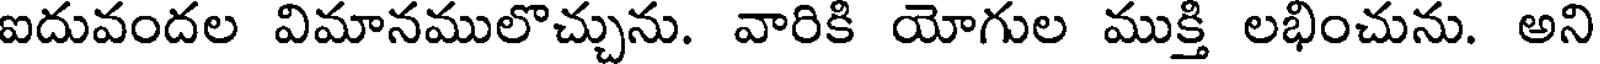
ఐదువందల విమానములొచ్చును. వారికి యోగుల ముక్తి లభించును. అని